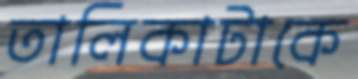
তালিকাটাকে